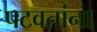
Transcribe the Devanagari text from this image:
पटवतांना